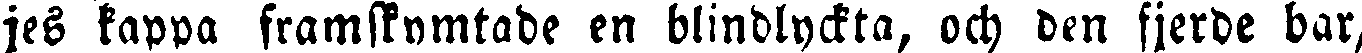
jes kappa framskymtade en blindlyckta, och den fjerde bar,